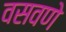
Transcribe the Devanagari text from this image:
वसवणे